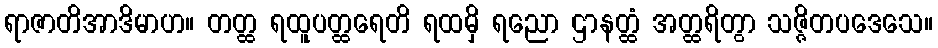
ရာဇာတိအာဒိမာဟ။ တတ္ထ ရထူပတ္ထရေတိ ရထမှိ ရညော ဌာနတ္ထံ အတ္ထရိတွာ သဇ္ဇိတပဒေသေ။